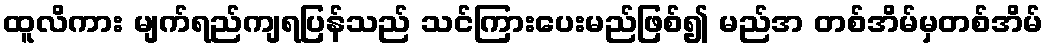
ထူလိကား မျက်ရည်ကျရပြန်သည် သင်ကြားပေးမည်ဖြစ်၍ မည်အ တစ်အိမ်မှတစ်အိမ်